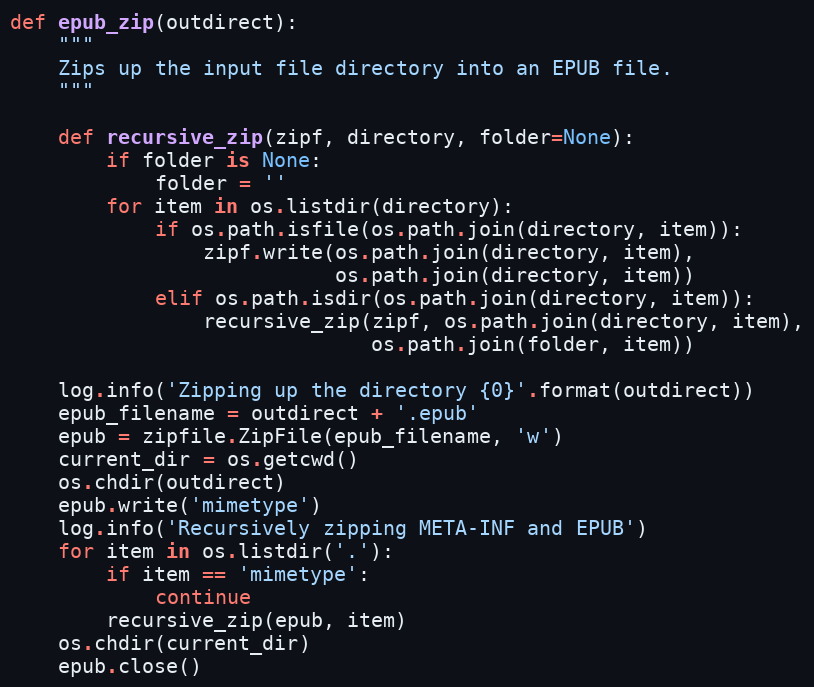
Language: Python
def epub_zip(outdirect):
    """
    Zips up the input file directory into an EPUB file.
    """

    def recursive_zip(zipf, directory, folder=None):
        if folder is None:
            folder = ''
        for item in os.listdir(directory):
            if os.path.isfile(os.path.join(directory, item)):
                zipf.write(os.path.join(directory, item),
                           os.path.join(directory, item))
            elif os.path.isdir(os.path.join(directory, item)):
                recursive_zip(zipf, os.path.join(directory, item),
                              os.path.join(folder, item))

    log.info('Zipping up the directory {0}'.format(outdirect))
    epub_filename = outdirect + '.epub'
    epub = zipfile.ZipFile(epub_filename, 'w')
    current_dir = os.getcwd()
    os.chdir(outdirect)
    epub.write('mimetype')
    log.info('Recursively zipping META-INF and EPUB')
    for item in os.listdir('.'):
        if item == 'mimetype':
            continue
        recursive_zip(epub, item)
    os.chdir(current_dir)
    epub.close()